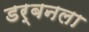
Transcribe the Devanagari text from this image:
डर्बनला